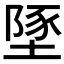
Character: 𡏇